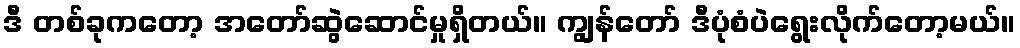
ဒီ တစ်ခုကတော့ အတော်ဆွဲဆောင်မှုရှိတယ်။ ကျွန်တော် ဒီပုံစံပဲရွေးလိုက်တော့မယ်။